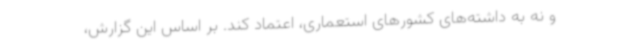
و نه به داشته‌های کشورهای استعماری، اعتماد کند. بر اساس این گزارش،